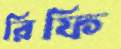
রিফি